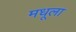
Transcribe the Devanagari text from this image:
मधूला